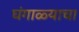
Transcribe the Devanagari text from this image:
घंगाळ्याचा